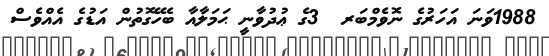
1988ވަނަ އަހަރުގެ ނޮވެމްބަރ  3ގެ ޢުދުވާނީ ޙަމަލާއާ ބެހޭގޮތުން އަޑުގެ އެއްވެސް